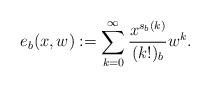
LaTeX: \begin{align*}e_b(x,w) := \sum_{k=0}^{\infty}\frac{x^{s_b(k)}}{(k!)_b}w^k.\end{align*}